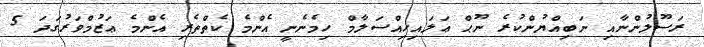
ރަސޫލުންނާއި ނަބިއްޔުންކުރެ ނޫޙް ޢަލައިހިއްސަލާމް ހިމެނެނީ އެންމެ ކެތްތެރި އެންމެ ޢަޒުމްވަރުގަދަ 5